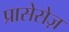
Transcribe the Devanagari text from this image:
प्रासेसेज़